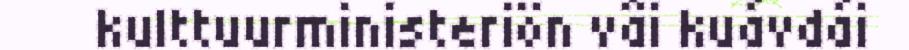
kulttuurministeriön vâi kuávdái